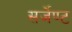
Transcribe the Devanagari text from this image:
सर्जेण्ट